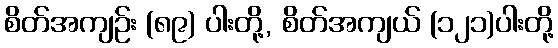
စိတ်အကျဉ်း (၈၉) ပါးတို့, စိတ်အကျယ် (၁၂၁)ပါးတို့